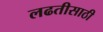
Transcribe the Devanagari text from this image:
लढतीसाठी